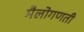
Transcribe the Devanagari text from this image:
मैलोगणती